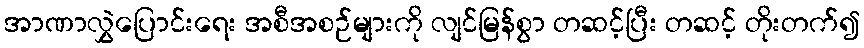
အာဏာလွှဲပြောင်းရေး အစီအစဉ်များကို လျင်မြန်စွာ တဆင့်ပြီး တဆင့် တိုးတက်၍